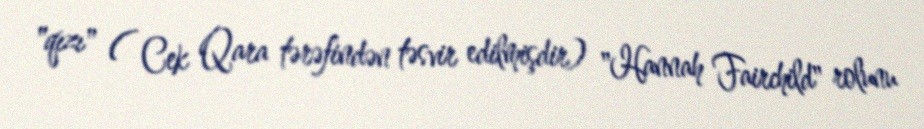
"qızı" ( Cek Qara tərəfindən təsvir edilmişdir) "Hannah Fairchild" rolunu